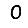
Digit: 0